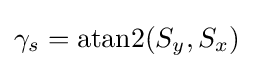
\gamma _{s}=\mathrm {atan2} (S_{y},S_{x})